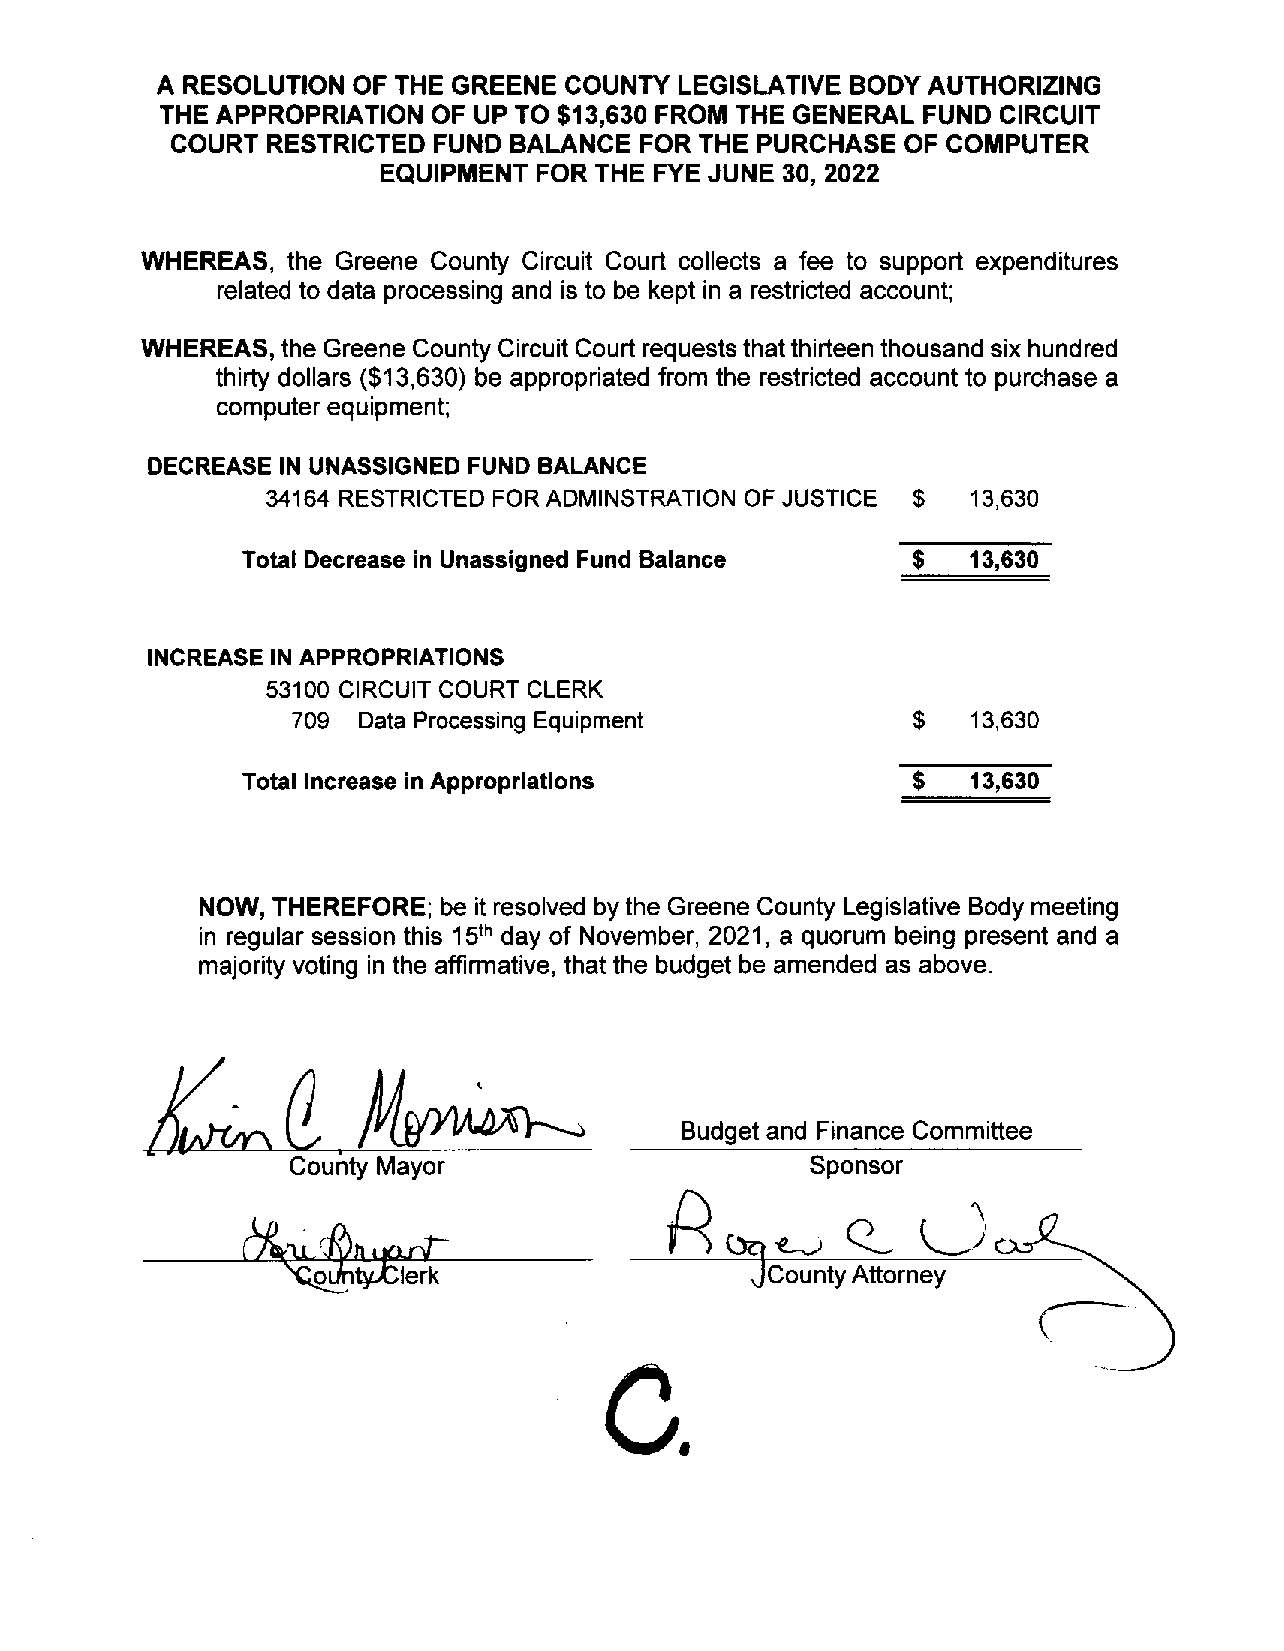
A RESOLUTION OF THE GREENECOUNTYLEGISLATIVE   BODY AUTHORIZING
 THE APPROPRIATION OF UP TO $13,630 FROM THE GENERAL FUND CIRCUIT
 COURT  RESTRICTED FUND BALANCE FOR THE PURCHASE  OF COMPUTER
 EQUIPMENT  FORTHE FYE JUNE 30, 2022
 WHEREAS,  the Greene County Circuit Court collects a fee to support expenditures
 related to data processing and is to be kept in a restricted account;
 WHEREAS,  the Greene County Circuit Court requests thatthirteen thousand six hundred
 thirty dollars ($13,630) be appropriated from the restricted account to purchase a
 computer equipment;
 DECREASE IN UNASSIGNED FUND BALANCE
 34164 RESTRICTED FORADMINSTRATION OF JUSTICE $ 13,630
 Total Decrease in Unassigned Fund Balance   $   13,630
 INCREASE IN APPROPRIATIONS
 53100 CIRCUITCOURT CLERK
 709  Data Processing Equipment           $   13,630
 Total Increase in Appropriations            $   13,630
 NOW, THEREFORE; be it resolved bythe Greene County Legislative Bodymeeting
 in regular session this day of November, 2021, a quorum being present and a
 th
 15
 majority voting in the affirmative, thatthe budget be amended as above.
 Budgetand Finance Committee
 Couiity Mayor                      Sponsor
 ~QU
 Attorney
 C.